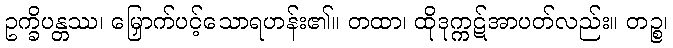
ဥက္ခိပန္တဿ၊ မြှောက်ပင့်သောရဟန်း၏။ တထာ၊ ထိုဒုက္ကဋ်အာပတ်လည်း။ တဉ္စ၊